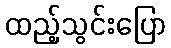
ထည့်သွင်းပြော